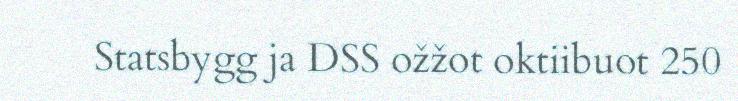
Statsbygg ja DSS ožžot oktiibuot 250